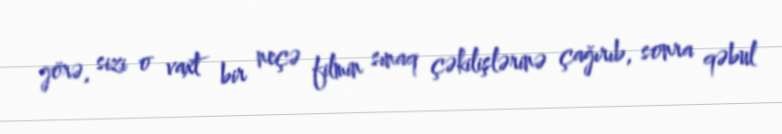
görə, sizi o vaxt bir neçə filmin sınaq çəkilişlərinə çağırıb, sonra qəbul